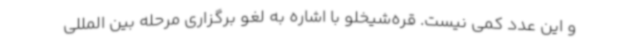
و این عدد کمی نیست. قره‌شیخلو با اشاره به لغو برگزاری مرحله بین المللی